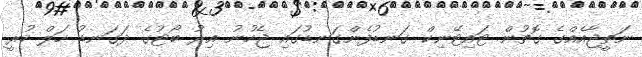
ނަތީޖާއެއްގެ ގޮތުން ޓައިޓޭނިކް ގަނޑުފެންގަނޑުގައި ޖެހުނު އިރު ބޯޓުގެ ދަގަނޑު ހަލް ހުރީ